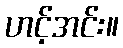
ဟင့်အင်း။